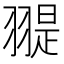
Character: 𦑧